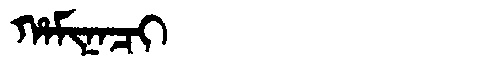
Manchu: ᡥᠠᠮᡳᠨᠠᠴᡳ
Romanization: HAMINACI